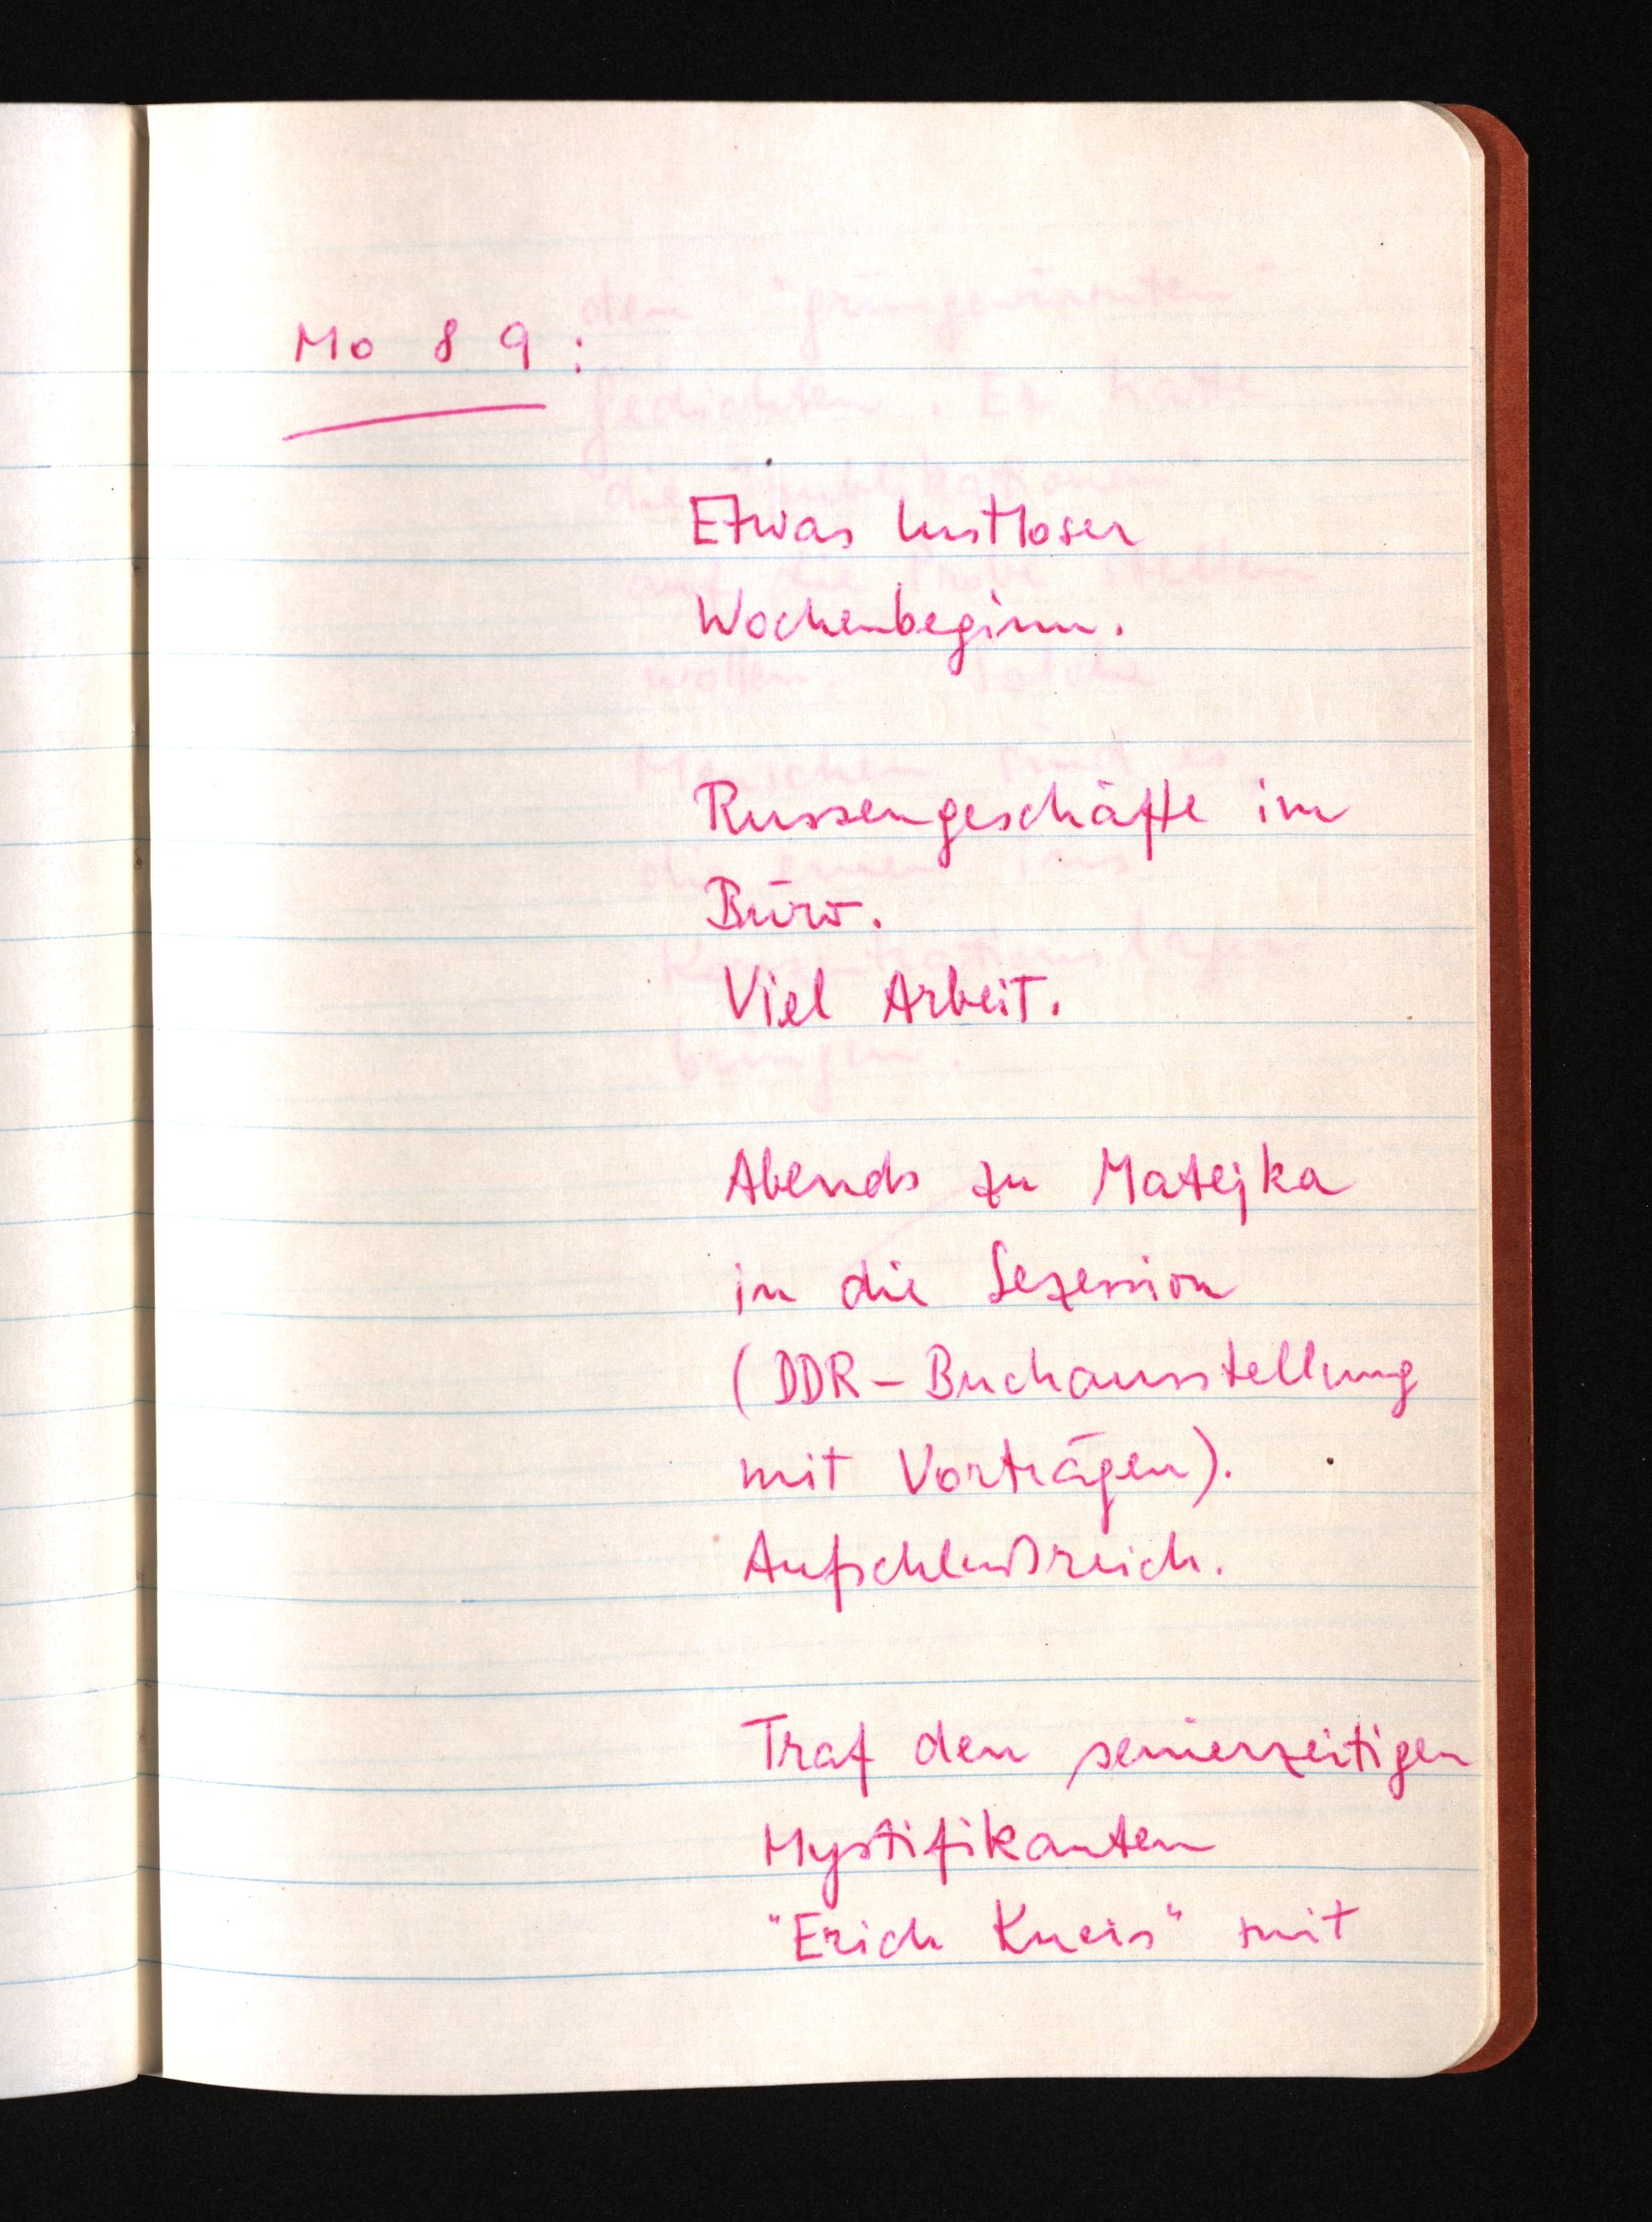
Mo 8 9:
Etwas lustloser
Wochenbeginn.
Russengeschäfte im
Büro.
Viel Arbeit.
Abends zu Matejka
in die Sezession
(DDR-Buchausstellung
mit Vorträgen).
Aufschlußreich.
Traf den seinerzeitigen
Mystifikanten
"Erich Kneis" mit